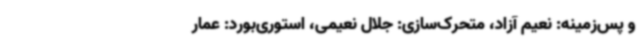
و پس‌زمینه: نعیم آزاد، متحرک‌سازی: جلال نعیمی، استوری‌بورد: عمار